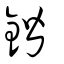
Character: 鍇